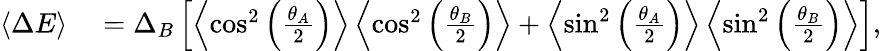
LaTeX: \begin{array}{rl}{\left\langle{\Delta E}\right\rangle}&{{}=\Delta_{B}\left[\left\langle{\cos^{2}\left(\frac{\theta_{A}}{2}\right)}\right\rangle\left\langle{\cos^{2}\left(\frac{\theta_{B}}{2}\right)}\right\rangle+\left\langle{\sin^{2}\left(\frac{\theta_{A}}{2}\right)}\right\rangle\left\langle{\sin^{2}\left(\frac{\theta_{B}}{2}\right)}\right\rangle\right],}\end{array}